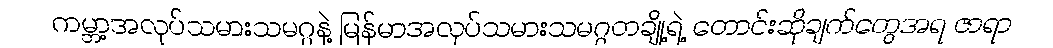
ကမ္ဘာ့အလုပ်သမားသမဂ္ဂနဲ့ မြန်မာအလုပ်သမားသမဂ္ဂတချို့ရဲ့ တောင်းဆိုချက်တွေအရ ဇာရာ